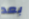
بعد